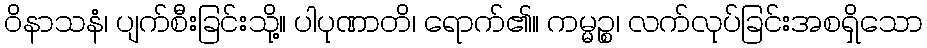
ဝိနာသနံ၊ ပျက်စီးခြင်းသို့။ ပါပုဏာတိ၊ ရောက်၏။ ကမ္မဉ္စ၊ လက်လုပ်ခြင်းအစရှိသော